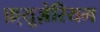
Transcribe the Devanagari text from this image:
फ़्यूज़ेरियम